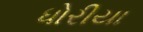
ધોરીયા